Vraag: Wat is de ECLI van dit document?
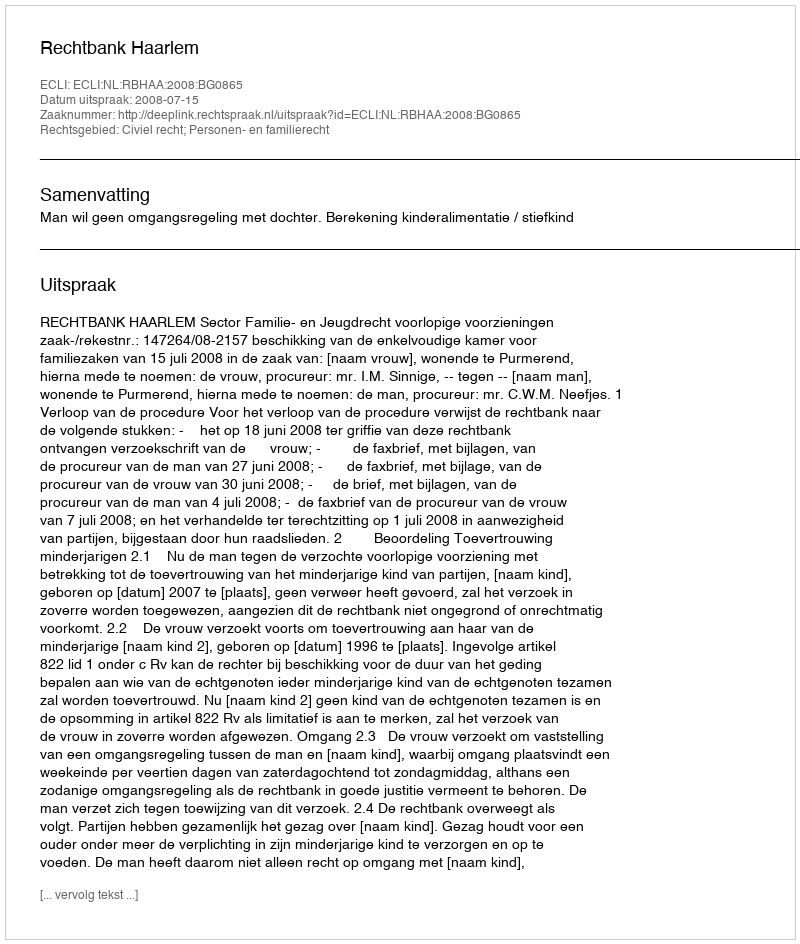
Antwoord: ECLI:NL:RBHAA:2008:BG0865